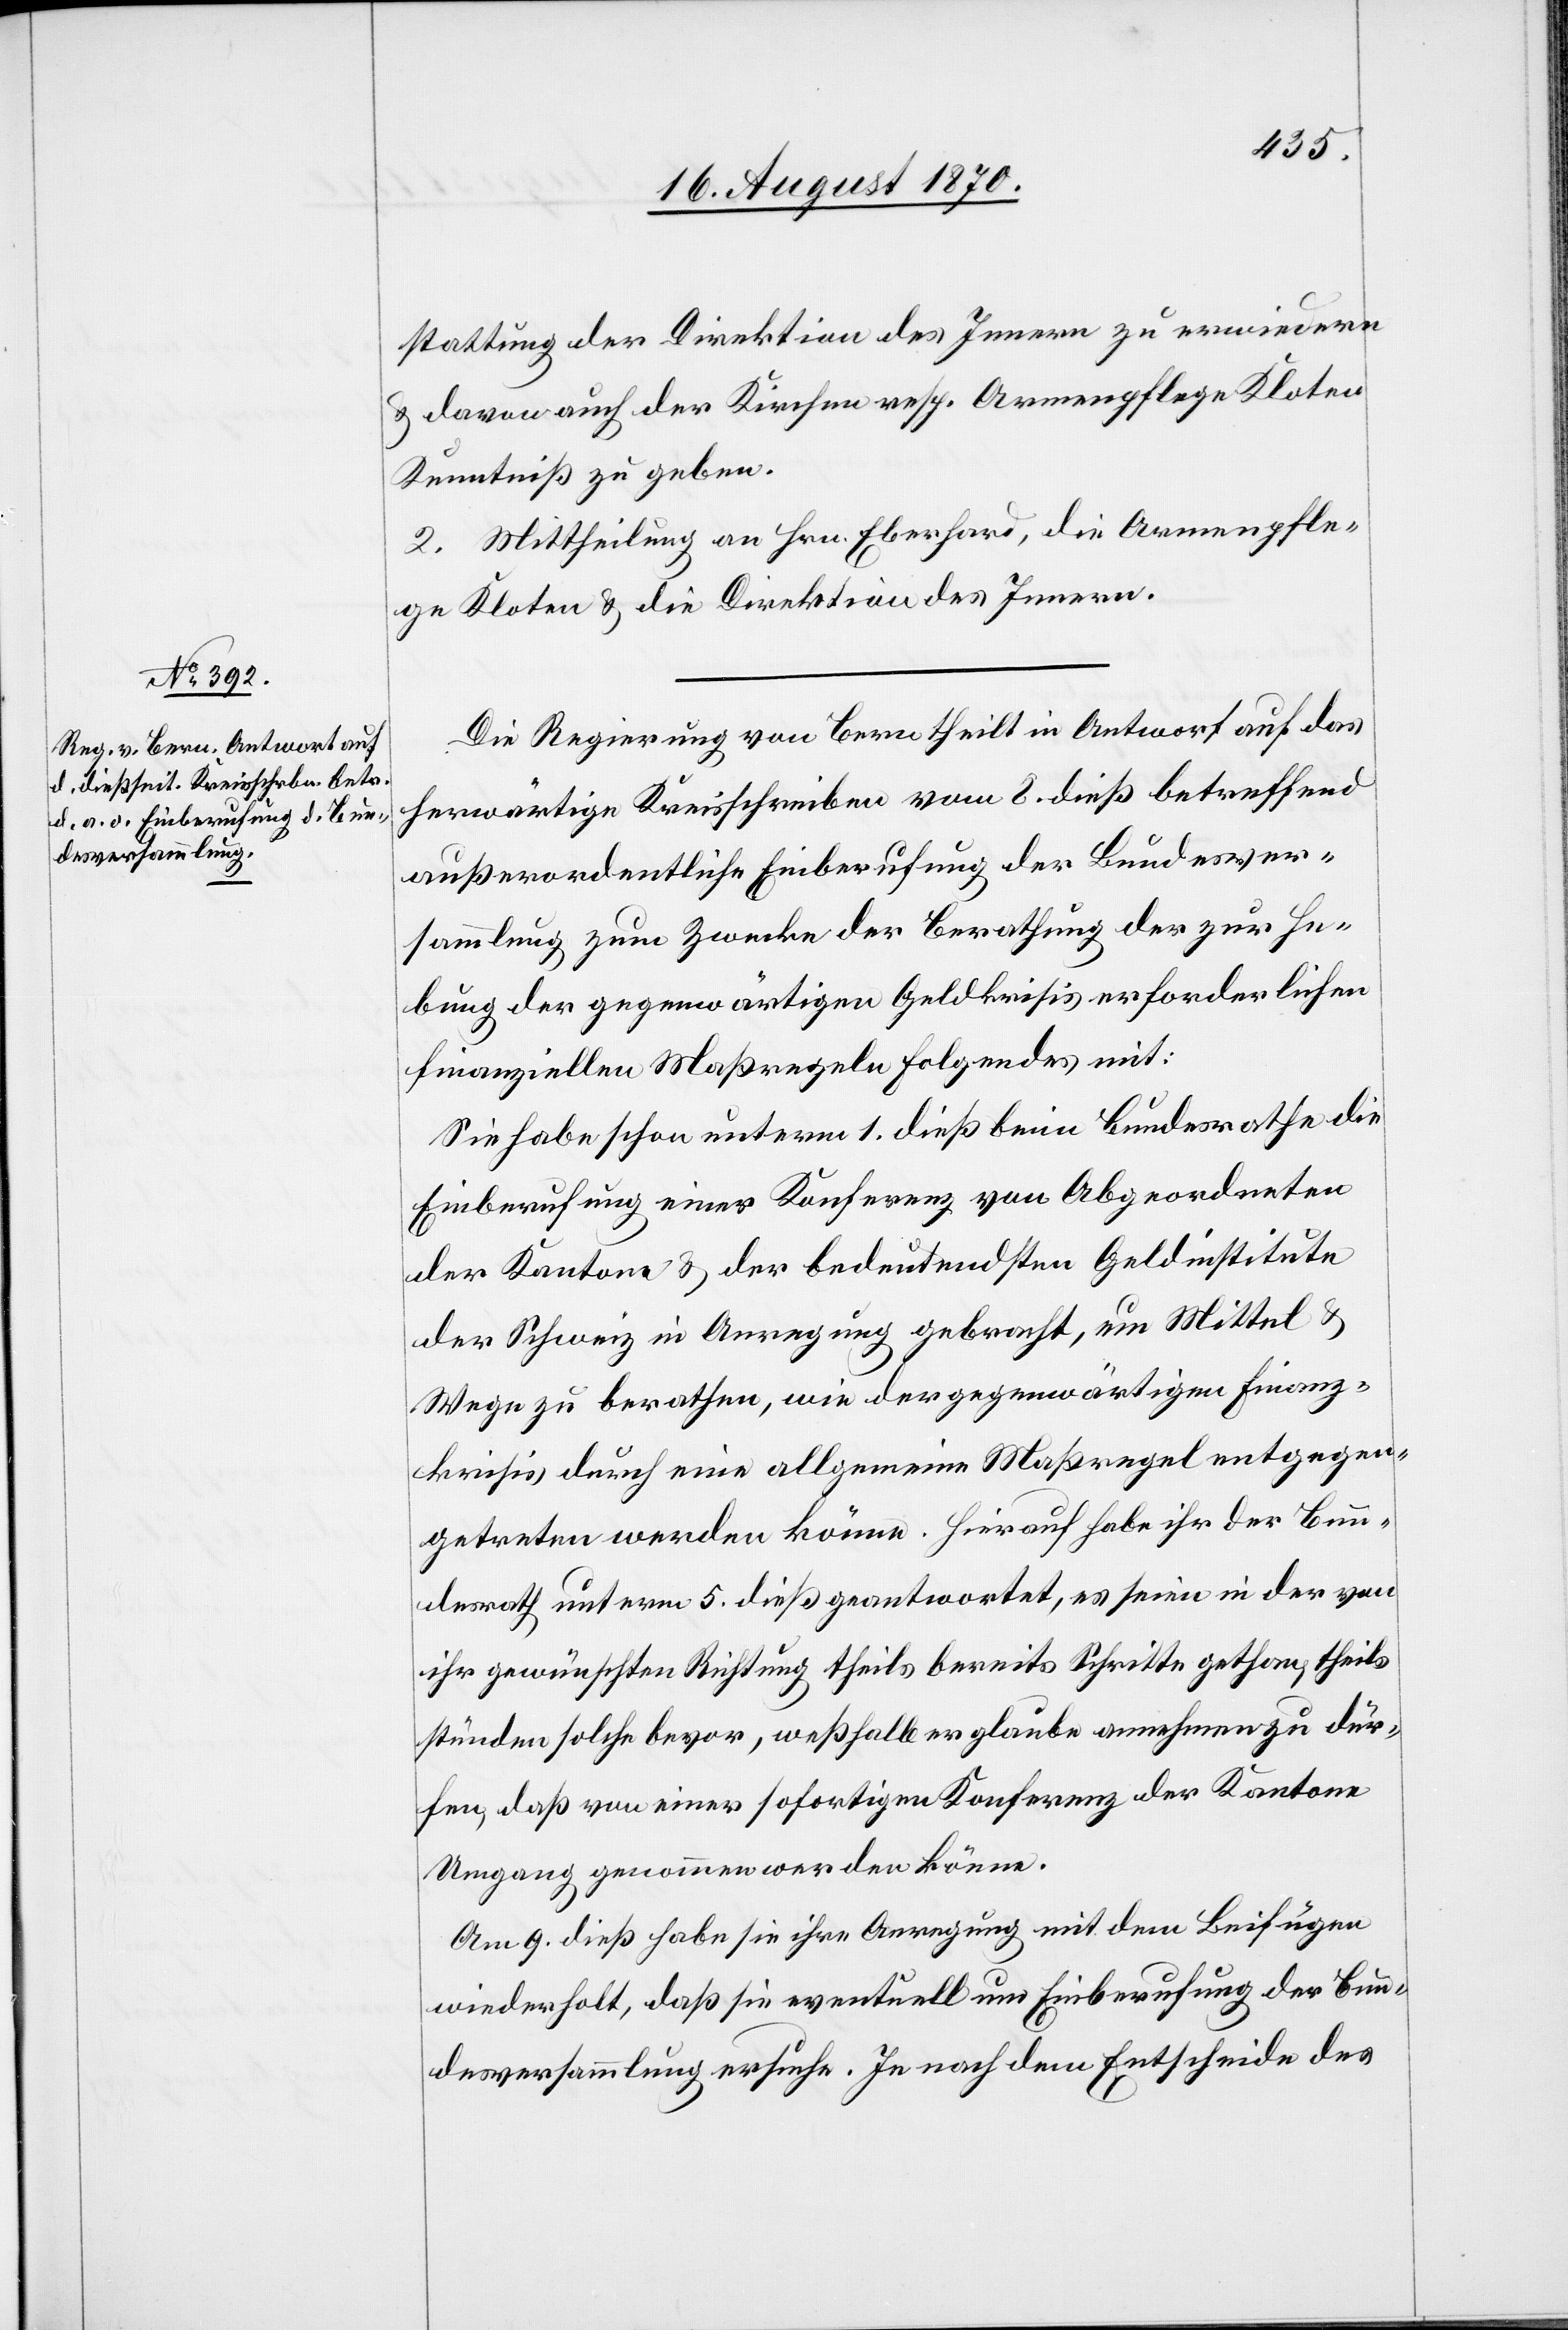
stattung der Direktion des Innern zu erwiedern
& davon auch der Kirchen[-] resp. Armenpflege Kloten
Kenntniß zu geben.
2. Mittheilung an Hrn. Eberhard, die Armenpfle¬
ge Kloten & die Direktion des Innern.
Die Regierung von Bern theilt in Antwort auf das
herwärtige Kreisschreiben vom 8. dieß betreffend
außerordentliche Einberufung der Bundesver¬
sammlung zum Zwecke der Berathung der zur He¬
bung der gegenwärtigen Geldkrisis erforderlichen
finanziellen Maßregeln folgendes mit:
Sie habe schon unterm 1. dieß beim Bundesrathe die
Einberufung einer Konferenz von Abgeordneten
der Kantone & der bedeutendsten Geldinstitute
der Schweiz in Anregung gebracht, um Mittel &
Wege zu berathen, wie der gegenwärtigen Finanz¬
krisis durch eine allgemeine Maßregel entgegen¬
getreten werden könne. Hierauf habe ihr der Bun¬
desrath unterm 5. dieß geantwortet, es seien in der von
ihr gewünschten Richtung theils bereits Schritte gethan, theils
stünden solche bevor, weßhalb er glaube annehmen zu dür¬
fen, dann von einer sofortigen Konferenz der Kantone
Umgang genommen werden könne.
Am 9. dieß habe sie ihre Anregung mit dem Beifügen
wiederholt, daß sie eventuell um Einberufung der Bun¬
desversammlung ersuche. Je nach dem Entscheide des